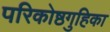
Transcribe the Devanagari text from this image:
परिकोष्ठगुहिका